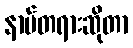
နာမ်တရားဆိုတာ